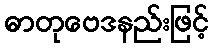
ဓာတုဗေဒနည်းဖြင့်